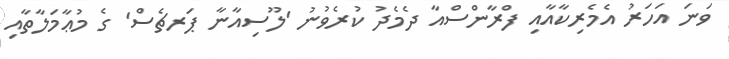
ވަނަ އަހަރު އެމެރިކާއާއި ފްރާންސްއާ ދެމެދު ކުރެވުނު 'ލޫސިއާނާ ޕަރޗެސް' ގެ މުޢާމަލާތާއި